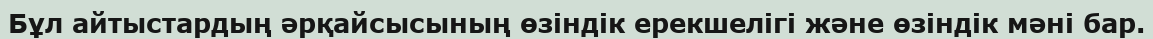
Бұл айтыстардың әрқайсысының өзіндік ерекшелігі және өзіндік мәні бар.